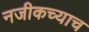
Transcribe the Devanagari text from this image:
नजीकच्याच